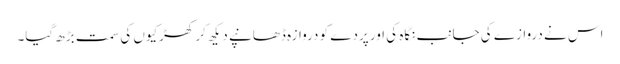
اس نے دروازے کی جانب نگاہ کی اور پردے کو دروازہ ڈھانپے دیکھ کر کھڑکیوں کی سمت بڑھ گیا۔